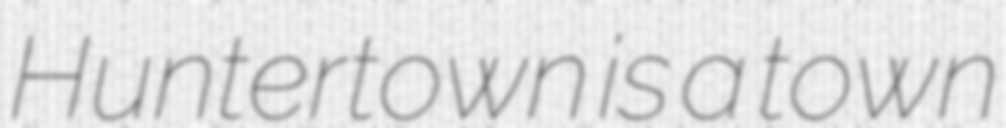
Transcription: Huntertown is a town